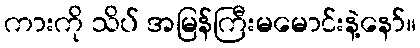
ကားကို သိပ် အမြန်ကြီးမမောင်းနဲ့နော်။